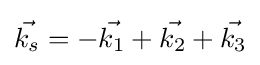
{\vec {k_{s}}}=-{\vec {k_{1}}}+{\vec {k_{2}}}+{\vec {k_{3}}}